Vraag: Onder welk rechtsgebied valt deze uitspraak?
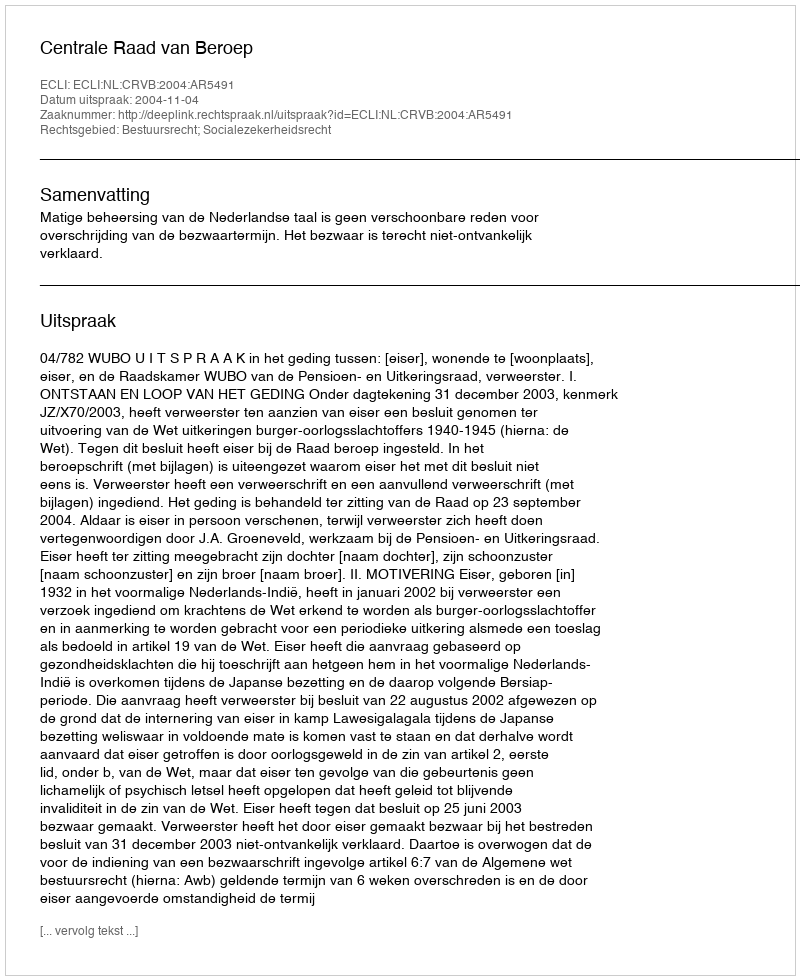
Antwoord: Bestuursrecht; Socialezekerheidsrecht